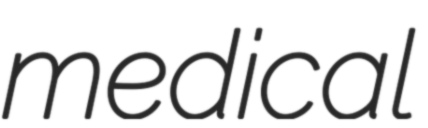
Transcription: medical